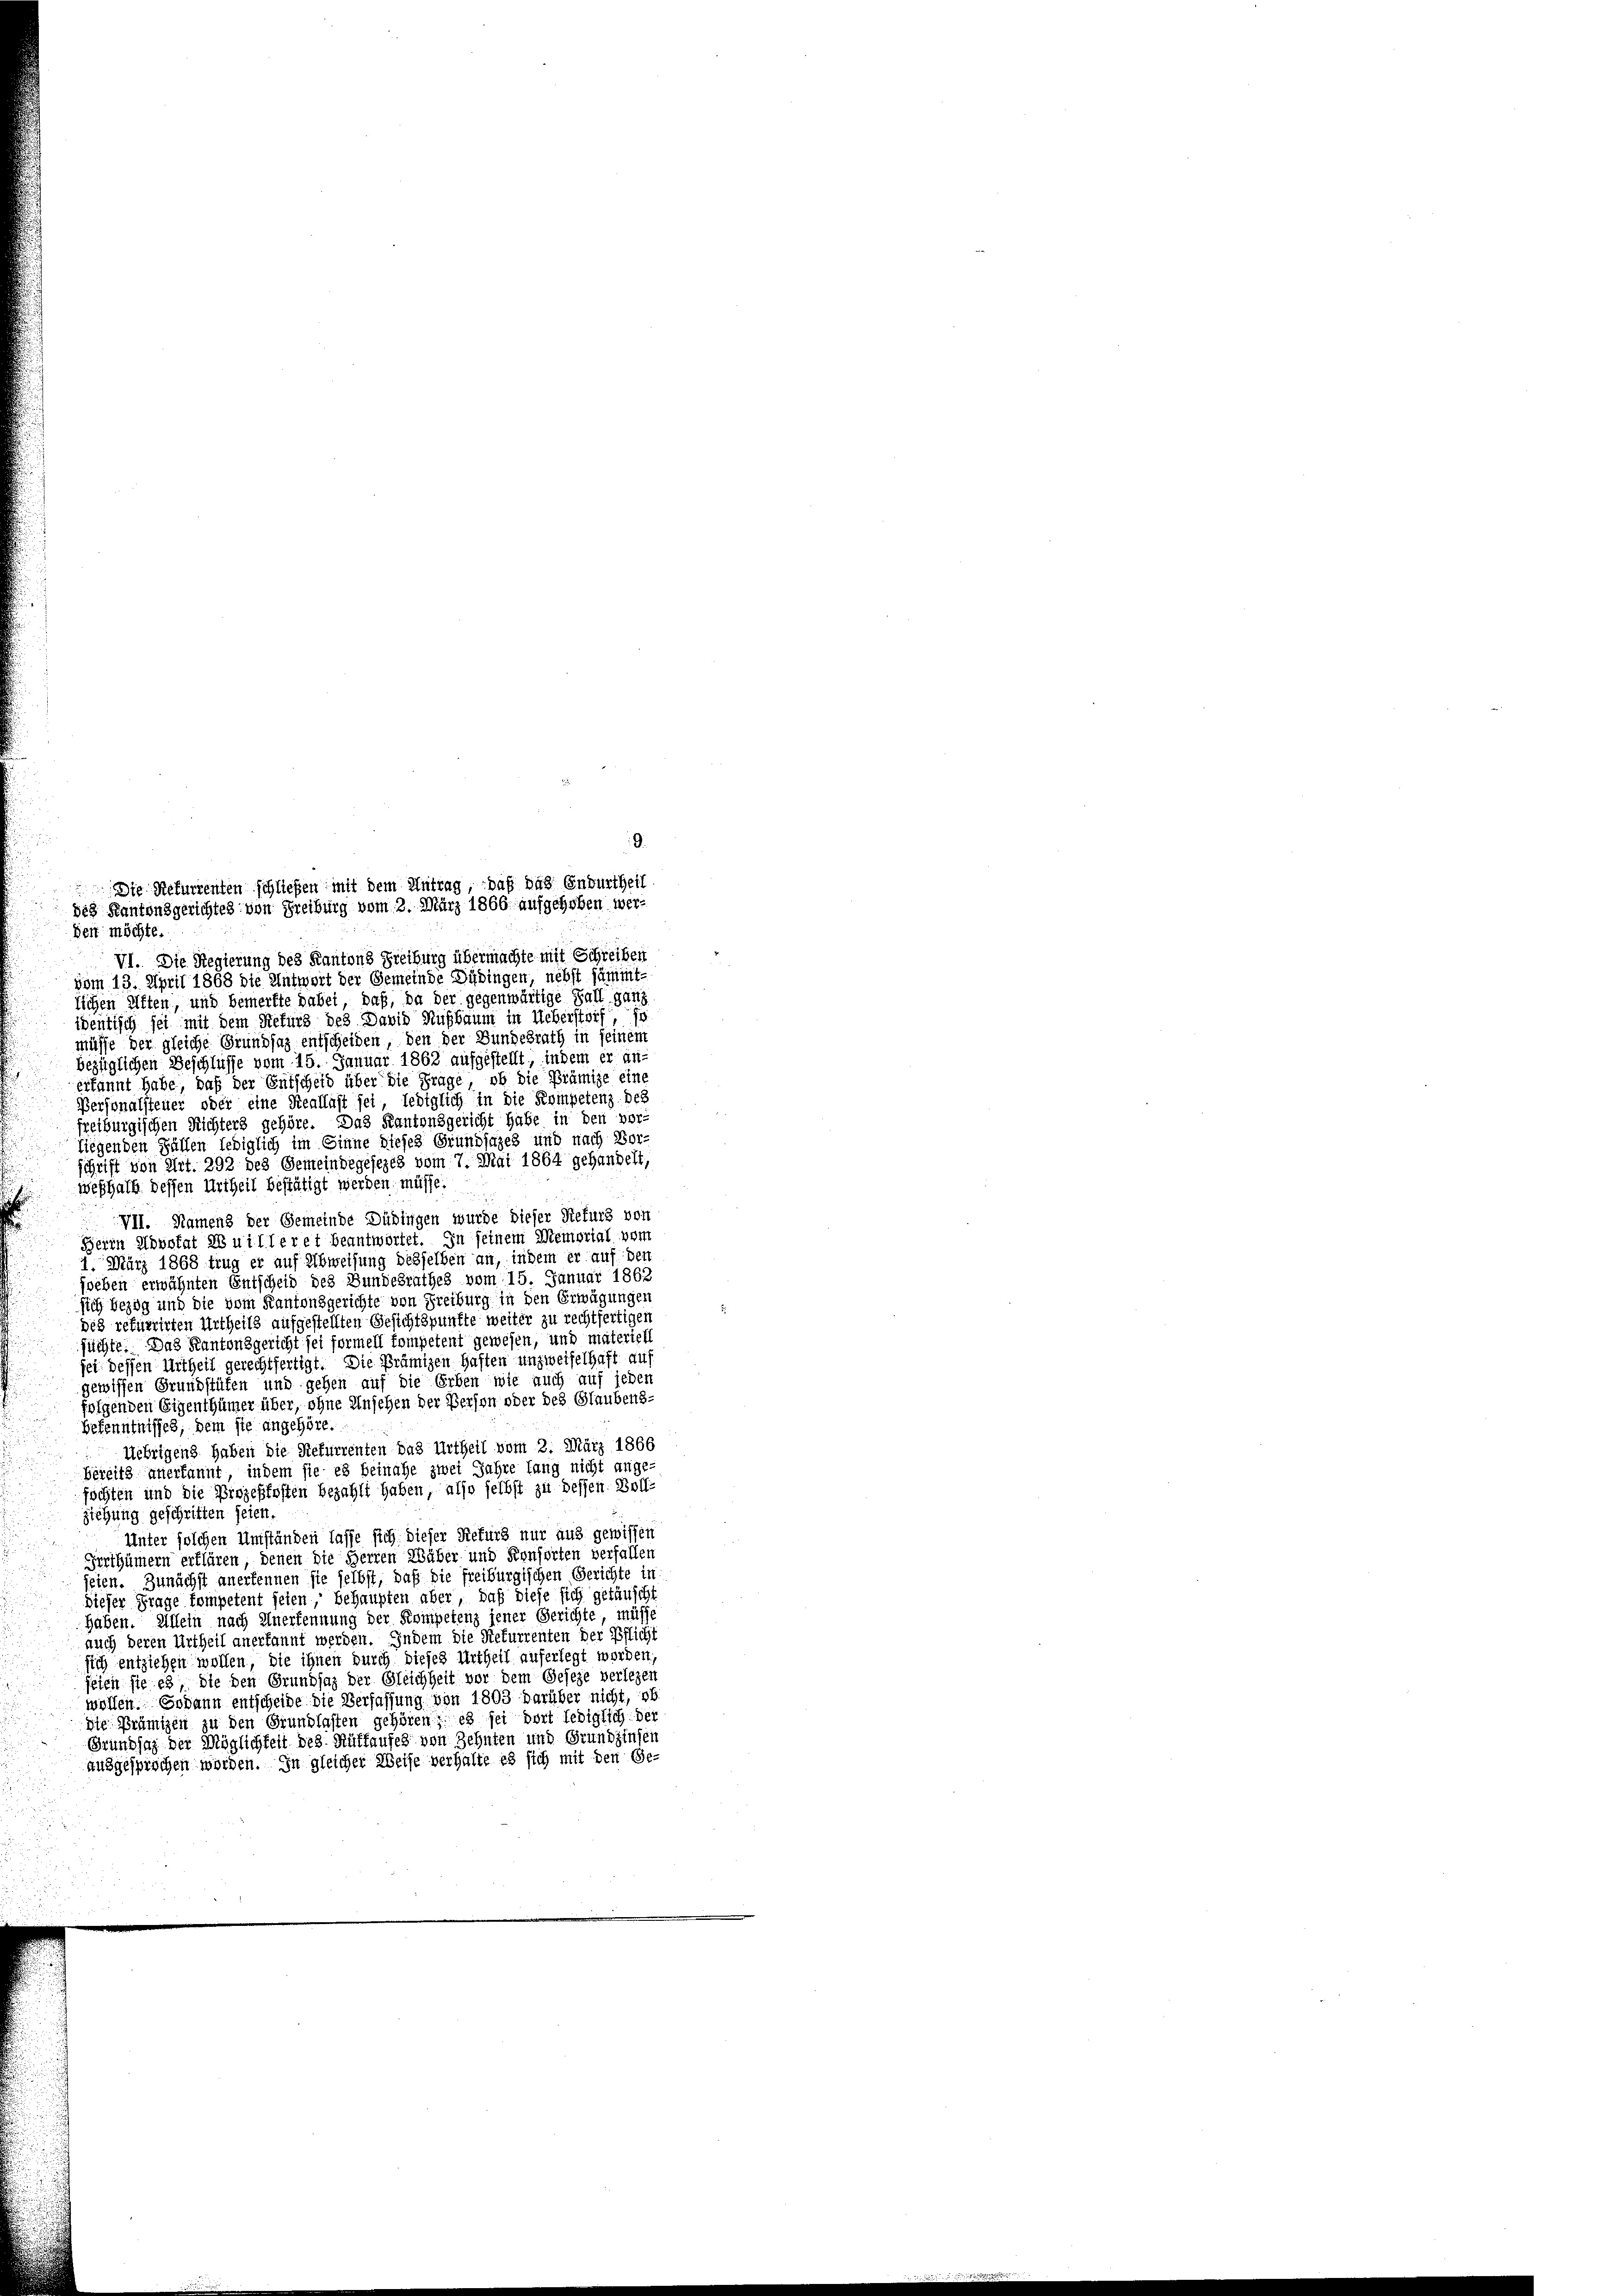
9.
 Die Refurrenten schließen mit dem Antrag, daß das Endurtheil
des Kantonsgerichtes von Freiburg vom 2. März 1866 aufgehoben wer¬

den möchte.
VI. Die Regierung des Kantons Freiburg übermachte mit Schreiben
vom 13. April 1868 die Antwort der Gemeinde Dübingen, nebst sämmt-
lichen Ritten, und bemerkte dabei, daß, da der gegenwärtige Fall ganz
identisch sei mit dem Refurs des David Rußbaum in Uebersteif, so
müsse der gleiche Grundsaz entscheiden, den der Bundesrath in seinem
bezüglichen Beschlusse vom 15. Januar 1863 aufgestellt, indem er an-
erkannt habe, daß der Entscheid über die Frage, ob die Prämige eine
Personalsteuer oder eine Reallast sei, lediglich in die Kompetenz-des
freiburgischen Richters gehöre. Das Kantonsgericht habe in den vor-
liegenden Fällen lediglich im Sinne dieses Grundsatzes und nach Borschrift von Art. 292 des Gemeindegesezes vom 7. Mai 1864 gehandelt,
weshalb dessen Urtheil bestätigt werden müsse.
VII. Namens der Gemeinde Düringen wurde dieser Refurs von
Herrn Advokat Neuilleret beantwortet. In seinem Memorial vom
1. März 1868 trug er auf Abweisung desselben an, indem er auf den
sehen erwähnten Entscheid des Bundesrathes vom 15. Januar 1862
sich bezog und die vom Kantonsgerichte von Freiburg in den Erwägungen
des rekurrirten Urtheils aufgestellten Gesichtspunkte weiter zu rechtfertigen
süchte. Das Kantonsgericht sei formell kompetent gewesen, und materiell
sei dessen Urtheil gerechtfertigt. Die Prämigen Haften unzweifelhaft auf
gewissen Grundstüfen und gehen auf die Erben wie auch auf jeden
folgenden Eigenthümer über, ohne Ansehen der Person oder des Glaubens-
Bekenntnisses, dem sie angehöre.
Uebrigens haben die Refurrenten das Urtheil vom 2. März 1866
bereits anerkannt, indem sie es beinahe zwei Jahre lang nicht ange-
föchten und die Prozeßfosten bezahlt haben, also selbst zu bessen. Boll-
ziehung geschritten seien.
Unter solchen Umständen lasse sich dieser Rekurs nur aus gewissen
Berthümern erflüren, denen die Herren Wäber und Konsorten verfallen
jeien. Zunächst anerkennen sie selbst, daß die freiburgischen Gerichte in
dieser Frage kompetent seien, behaupten aber, daß diese sich getäuscht
Haben. Allein nach Anerkennung der Kompetenz jener Gerichte, müsse
auch deren Urtheil anerkannt werden. Indem die Refurrenten der Pflicht
sich entziehen wollen, die ihnen durch dieses Urtheil auferlegt worden,
seien sie es, die den Grundsaz der Gleichheit vor dem Geseze verlegen
wollen. Sodann entscheide die Verfassung von 1803 darüber nicht, ob
Die Prämigen zu den Grundlasten gehören; es sei dort lediglich der
Grundsaz der Möglichkeit des Rütfaufes von Zehnten und Grundzinsen
ausgesprochen worden. In gleicher Weise verhalte es sich mit den Ge-